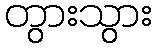
တွားသွား